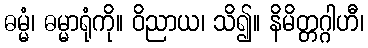
ဓမ္မံ၊ ဓမ္မာရုံကို။ ဝိညာယ၊ သိ၍။ နိမိတ္တဂ္ဂါဟီ၊